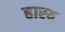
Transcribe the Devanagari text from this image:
हास्‍य